Vaccination in the Punjab 1905-1918 - 1905-1918
Year: 1905
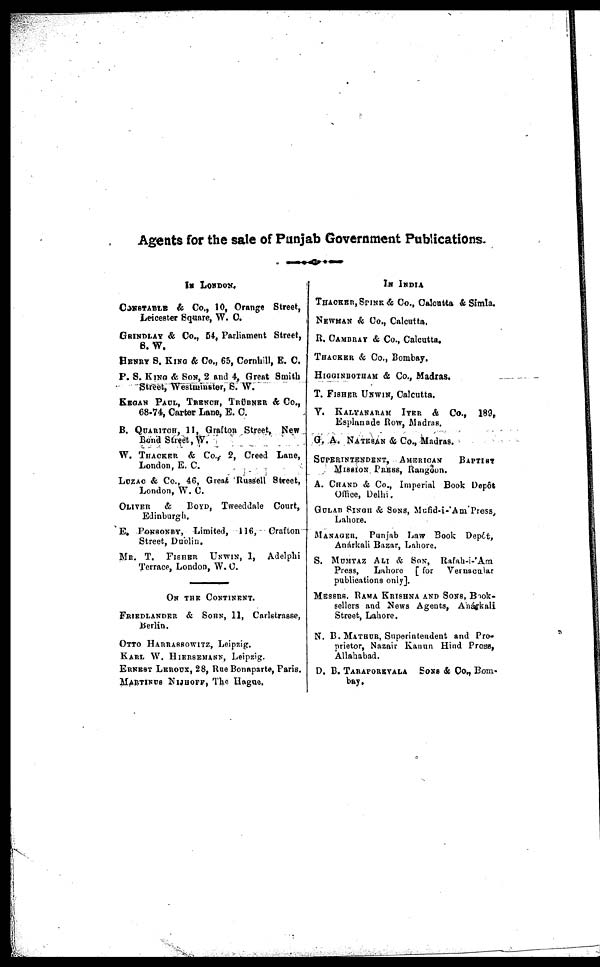
Agents for the sale of Punjab Government Publications
IN LONDON.
CONSTABLE & Co., 10, Orange Street,
Leicester Square, W. C.
GRINDLAY & Co., 54, Parliament Street,
S. W.
HENRY S. KING & Co., 65, Cornhill, E. C.
P. S. KING & SON, 2 and 4, Great Smith
Street, Westminster, S. W.
KEGAN PAUL, TRENCH, TRÜBNER & CO.,
68-74, Carter Lane, E. C.
B. QUARITCH, 11, Grafton Street, New
Bond Street, W.
W. THACKER & Co., 2, Creed Lane,
London, E. C.
LUZAC & Co., 46, Great Russell Street,
London, W. C.
OLIVER
&
BOYD, Tweeddale Court,
Edinburgh.
E. PONSONBY, Limited, 116, Crafton
Street, Dublin.
MR. T.
FISHER
UNWIN, 1,
Adelphi
Terrace, London, W. C.
ON THE CONTINMENT
FRIEDLANDER & SOHN, 11, Carlstrasse,
Berlin.
OTTO HARRASSOWITZ, Leipzig.
KARL W. HIERSEMANN, Leipzig.
ERNEST LEROUX, 28, Rue Bonaparte, Paris.
MARTINUS NIJHOFF, The Hague.
IN INDIA
THACKER, SPINK & Co., Calcutta & Simla.
NEWMAN & Co., Calcutta.
R. CAMBRAY & Co., Calcutta.
THACKER & Co., Bombay.
HIGGINBOTHAM & Co., Madras.
T. FISHER UNWIN, Calcutta.
V. KALYANARAM IYER & Co., 189,
Esplanade Row, Madras.
G. A. NATESAN & Co., Madras.
SUPERINTENDENT, AMERICAN
BAPTIST
MISSION PRESS, Rangaon.
A. CHAND & Co., Imperial Book Depôt
Office, Delhi.
GULAB SINGH & SONS, Mufid-i- Am Press,
Lahore.
MANAGER, Punjab Law Book Depôt,
Anárkali Bazar, Lahore.
S. MUMTAZ ALI & SON, Rafah-i-'Am
Press,
Lahore [ for Vernacular
publications only].
MESSRS. RAMA KRISHNA AND SONS, Book-
sellers and News Agents, Anárkali
Street, Lahore.
N. B. MATHUR, Superintendent and Pro-
prietor, Nazair Kanun Hind Press,
Allahabad.
D. B. TARAPOREVALA
SONS & Co., Bom-
bay,